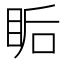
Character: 𥅠